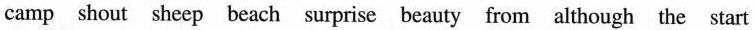
|camp shout sheep beach surprise beauty from although the start